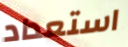
استعداد